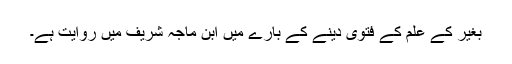
بغیر کے علم کے فتویٰ دینے کے بارے میں ابن ماجہ شریف میں روایت ہے۔